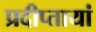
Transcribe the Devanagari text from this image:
प्रदीप्तायां